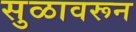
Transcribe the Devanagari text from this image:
सुळावरून